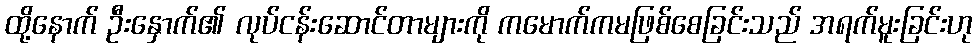
ထို့နောက် ဦးနှောက်၏ လုပ်ငန်းဆောင်တာများကို ကမောက်ကမဖြစ်စေခြင်းသည် အရက်မူးခြင်းဟု